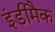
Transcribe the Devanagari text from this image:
इंडीमैक